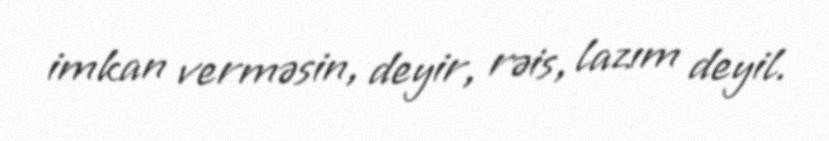
imkan verməsin, deyir, rəis, lazım deyil.